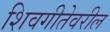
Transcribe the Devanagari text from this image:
शिवगीतेवरील